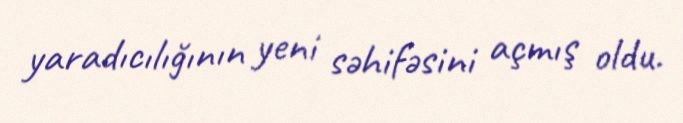
yaradıcılığının yeni səhifəsini açmış oldu.